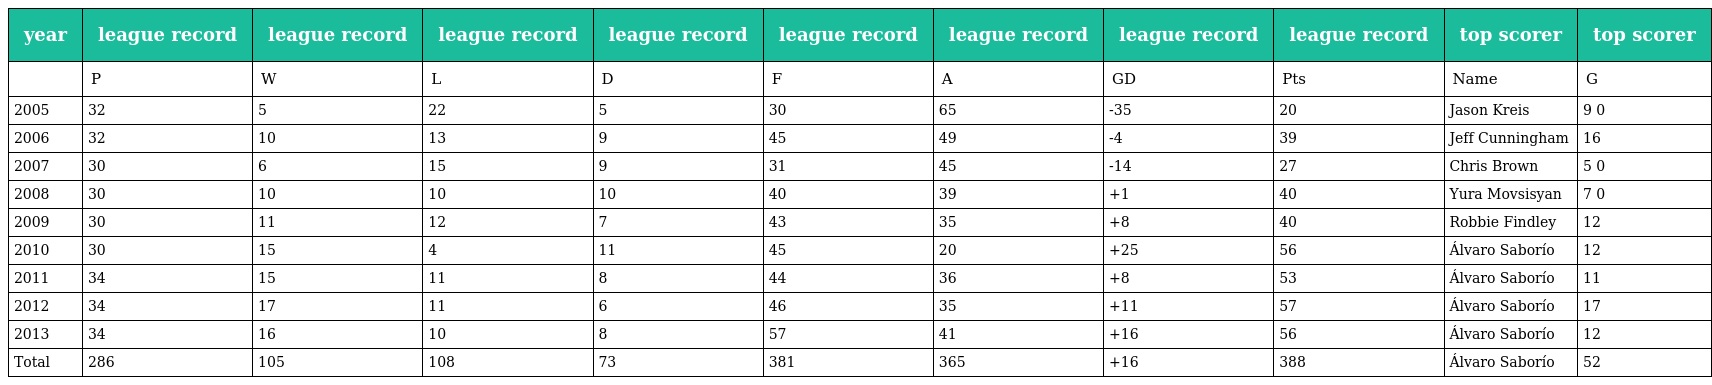
| year | league record | league record | league record | league record | league record | league record | league record | league record | top scorer | top scorer |
 | --- | --- | --- | --- | --- | --- | --- | --- | --- | --- | --- |
 |  | P | W | L | D | F | A | GD | Pts | Name | G |
 | 2005 | 32 | 5 | 22 | 5 | 30 | 65 | -35 | 20 | Jason Kreis | 9 0 |
 | 2006 | 32 | 10 | 13 | 9 | 45 | 49 | -4 | 39 | Jeff Cunningham | 16 |
 | 2007 | 30 | 6 | 15 | 9 | 31 | 45 | -14 | 27 | Chris Brown | 5 0 |
 | 2008 | 30 | 10 | 10 | 10 | 40 | 39 | +1 | 40 | Yura Movsisyan | 7 0 |
 | 2009 | 30 | 11 | 12 | 7 | 43 | 35 | +8 | 40 | Robbie Findley | 12 |
 | 2010 | 30 | 15 | 4 | 11 | 45 | 20 | +25 | 56 | Álvaro Saborío | 12 |
 | 2011 | 34 | 15 | 11 | 8 | 44 | 36 | +8 | 53 | Álvaro Saborío | 11 |
 | 2012 | 34 | 17 | 11 | 6 | 46 | 35 | +11 | 57 | Álvaro Saborío | 17 |
 | 2013 | 34 | 16 | 10 | 8 | 57 | 41 | +16 | 56 | Álvaro Saborío | 12 |
 | Total | 286 | 105 | 108 | 73 | 381 | 365 | +16 | 388 | Álvaro Saborío | 52 |